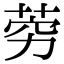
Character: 䓖